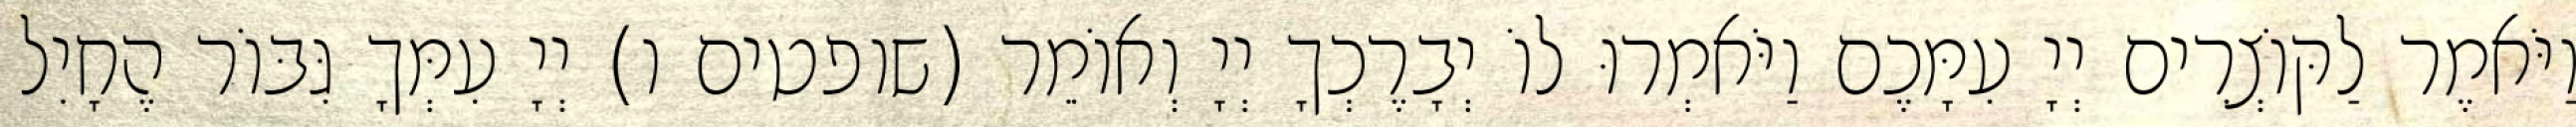
וַיֹּאמֶר לַקּוֹצְרִים יְיָ עִמָּכֶם וַיֹּאמְרוּ לוֹ יְבָרֶכְךָ יְיָ וְאוֹמֵר (שופטים ו) יְיָ עִמְּךָ גִּבּוֹר הֶחָיִל